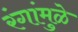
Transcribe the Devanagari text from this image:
रंगांमुळे